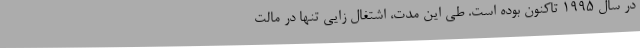
در سال 1995 تاکنون بوده است. طی این مدت، اشتغال زایی تنها در مالت